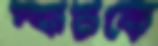
স্কটকে